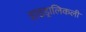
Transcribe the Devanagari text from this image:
हाइड्रालिकली